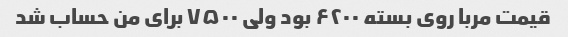
قیمت مربا روی بسته ۶۲۰۰ بود ولی ۷۵۰۰ برای من حساب شد